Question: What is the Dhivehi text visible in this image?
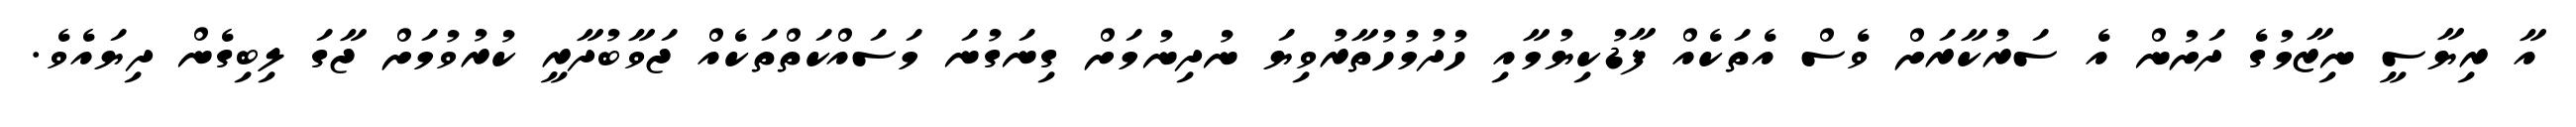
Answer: އާ ރިޔާސީ ނިޒާމުގެ ދަށުން އެ ސަރުކާރަށް ވެސް އެތަކެއް ފާޑުކިޔުމާއި ހުދުމުހުތާރުވިޔަ ނުދިނުމަށް ގިނަގުނަ މަސައްކަތްތަކެއް ޖަވާބުދާރީ ކުރުވުމަށް ޖާގަ ލިބިގެން ދިޔައެވެ.